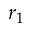
r _ { 1 }